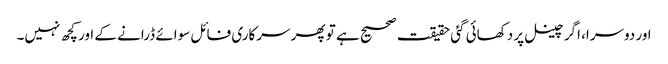
اور دوسرا، اگر چینل پر دکھائی گئی حقیقت صحیح ہے تو پھر سرکاری فائل سوائے ڈرانے کے اور کچھ نہیں۔